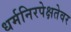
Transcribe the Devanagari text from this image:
धर्मनिरपेक्षतेवर